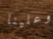
وعلينا